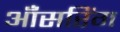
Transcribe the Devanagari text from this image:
ऑंसरिंग